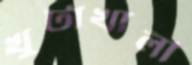
খুটাখালী